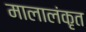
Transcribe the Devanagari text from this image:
मालालंकृत